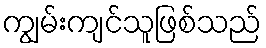
ကျွမ်းကျင်သူဖြစ်သည်